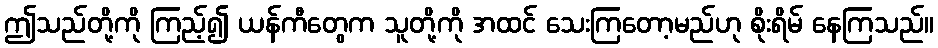
ဤသည်တို့ကို ကြည့်၍ ယန်ကီတွေက သူတို့ကို အထင် သေးကြတော့မည်ဟု စိုးရိမ် နေကြသည်။